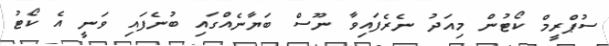
ސުޕްރީމް ކޯޓުން މިއަދު ނެރެފައިވާ ނޫސް ބަޔާނެއްގައި ބުނެފައި ވަނީ އެ ކޯޓު